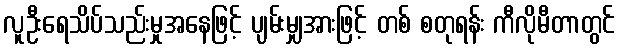
လူဦးရေသိပ်သည်းမှုအနေဖြင့် ပျမ်းမျှအားဖြင့် တစ် စတုရန်း ကီလိုမီတာတွင်